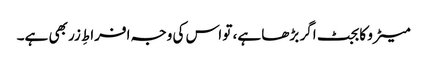
میٹرو کا بجٹ اگر بڑھا ہے، تو اس کی وجہ افراطِ زر بھی ہے۔